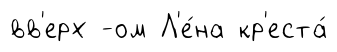
вв'ерх -ом Л'е́на кр'еста́